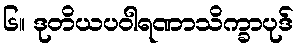
၆။ ဒုတိယပဝါရဏာသိက္ခာပုဒ်